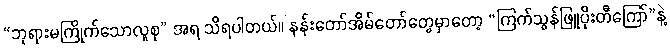
“ဘုရားမကြိုက်သောလူစု” အရ သိရပါတယ်။ နန်းတော်အိမ်တော်တွေမှာတော့ “ကြက်သွန်ဖြူပိုးတီကြော်”နဲ့